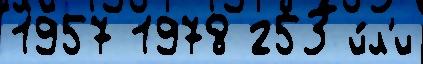
1957 1978 253 и́л'и